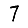
Digit: 7